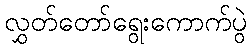
လွှတ်တော်ရွေးကောက်ပွဲ